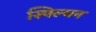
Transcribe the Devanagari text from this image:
स्पिल्मन